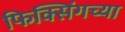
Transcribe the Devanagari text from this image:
फिक्सिंगच्या